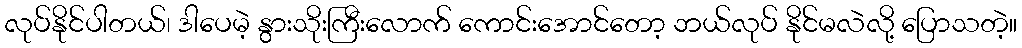
လုပ်နိုင်ပါတယ်၊ ဒါပေမဲ့ နွားသိုးကြီးလောက် ကောင်းအောင်တော့ ဘယ်လုပ် နိုင်မလဲလို့ ပြောသတဲ့။